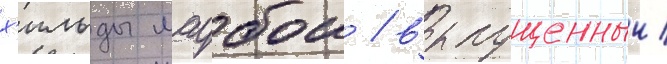
х'ильды маубои / выпущенныи